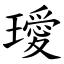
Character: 璦